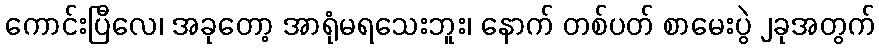
ကောင်းပြီလေ၊ အခုတော့ အာရုံမရသေးဘူး၊ နောက် တစ်ပတ် စာမေးပွဲ ၂ခုအတွက်